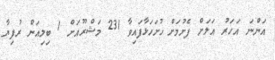
އަންނަ އަހަރު އަލަށް ފެށުމަށް ހުށަހަޅާފައިވާ 231 މަޝްރޫއަށް 1 ބިލިއަން ރުފިޔާ